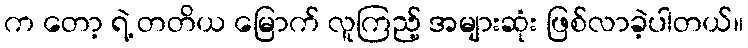
က တော့ ရဲ့ တတိယ မြောက် လူကြည့် အများဆုံး ဖြစ်လာခဲ့ပါတယ်။